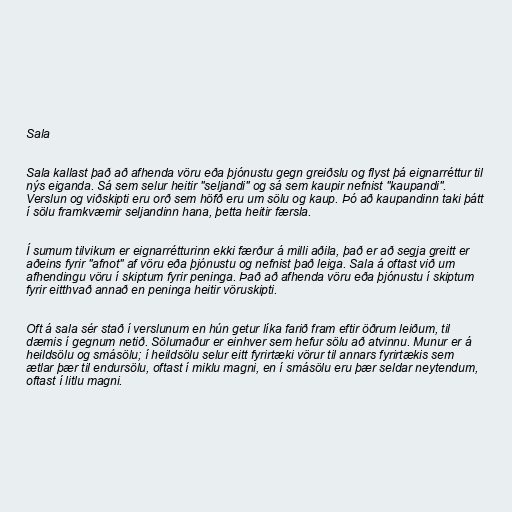
Sala

Sala kallast það að afhenda vöru eða þjónustu gegn greiðslu og flyst þá eignarréttur til
nýs eiganda. Sá sem selur heitir "seljandi" og sá sem kaupir nefnist "kaupandi".
Verslun og viðskipti eru orð sem höfð eru um sölu og kaup. Þó að kaupandinn taki þátt
í sölu framkvæmir seljandinn hana, þetta heitir færsla.

Í sumum tilvikum er eignarrétturinn ekki færður á milli aðila, það er að segja greitt er
aðeins fyrir "afnot" af vöru eða þjónustu og nefnist það leiga. Sala á oftast við um
afhendingu vöru í skiptum fyrir peninga. Það að afhenda vöru eða þjónustu í skiptum
fyrir eitthvað annað en peninga heitir vöruskipti.

Oft á sala sér stað í verslunum en hún getur líka farið fram eftir öðrum leiðum, til
dæmis í gegnum netið. Sölumaður er einhver sem hefur sölu að atvinnu. Munur er á
heildsölu og smásölu; í heildsölu selur eitt fyrirtæki vörur til annars fyrirtækis sem
ætlar þær til endursölu, oftast í miklu magni, en í smásölu eru þær seldar neytendum,
oftast í litlu magni.